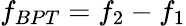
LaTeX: f_{BPT}=f_{2}-f_{1}